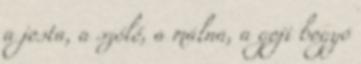
a josta, a szőlő, a málna, a goji bogyó